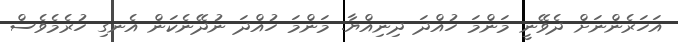
އަހަރެންނަށް ދެވޭނީ މަންމަ ހުއްދަ ދިނިއްޔާ. މަންމަ ހުއްދަ ނުދޭނެކަން އެނގި ހުރެމެވެސް